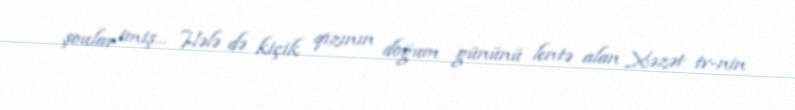
şoular imiş... Hələ də kiçik qızının doğum gününü lentə alan Xəzət tv-nin